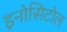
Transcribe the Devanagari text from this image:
इनोसिटोल